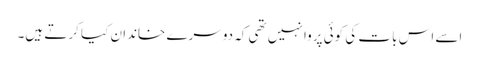
اسے اس بات کی کوئی پروا نہیں تھی کہ دوسرے خاندان کیا کرتے ہیں۔